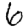
Digit: 6